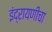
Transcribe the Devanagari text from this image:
इंद्रायणीचा